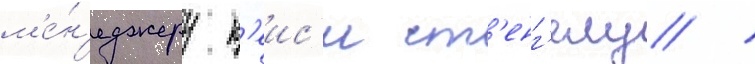
м'е́н'еджеру к'еис'и ст'енг'елу /